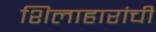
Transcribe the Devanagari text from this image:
शिलाहारांची